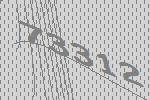
73312